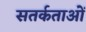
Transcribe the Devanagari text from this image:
सतर्कताओं